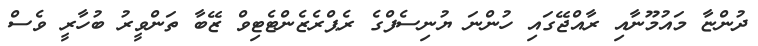
ދުންޏާ މައުމޫނާއި ރާއްޖޭގައި ހުންނަ ޔުނިސެފްގެ ރެޕްރެޒެންޓެޓިވް ޒޭބާ ތަންވީރު ބުހާރީ ވެސް